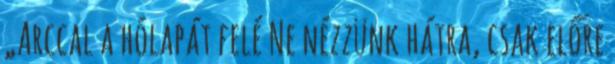
„Arccal a hólapát felé Ne nézzünk hátra, csak előre